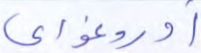
أوروغواي